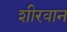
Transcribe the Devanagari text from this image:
शीरवान